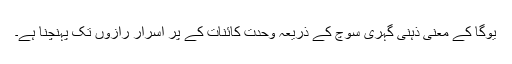
یوگا کے معنی ذہنی گہری سوچ کے ذریعہ وحدت کائنات کے پُر اسرار رازوں تک پہنچنا ہے۔